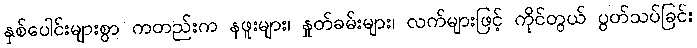
နှစ်ပေါင်းများစွာ ကတည်းက နဖူးများ၊ နှုတ်ခမ်းများ၊ လက်များဖြင့် ကိုင်တွယ် ပွတ်သပ်ခြင်း